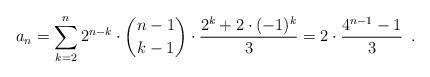
LaTeX: \begin{align*}a_n = \sum_{k=2}^n 2^{n-k} \cdot \binom{n-1}{k-1} \cdot \frac{2^k + 2\cdot(-1)^k}{3} = 2 \cdot \frac{4^{n-1}-1}{3} \enspace .\end{align*}